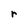
Character: r